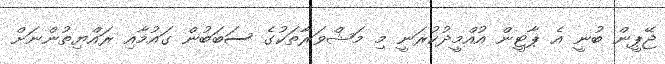
ޖޭޕީން ބުނީ އެ ޕާޓީން އުއްމީދުކުރަނީ މި މަޝްވަރާތަކުގެ ސަބަބުން ގައުމާއި ރައްޔިތުންނަށް